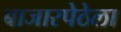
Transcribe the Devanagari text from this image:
बाजारपेठेला